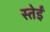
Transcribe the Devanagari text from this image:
स्तेईं